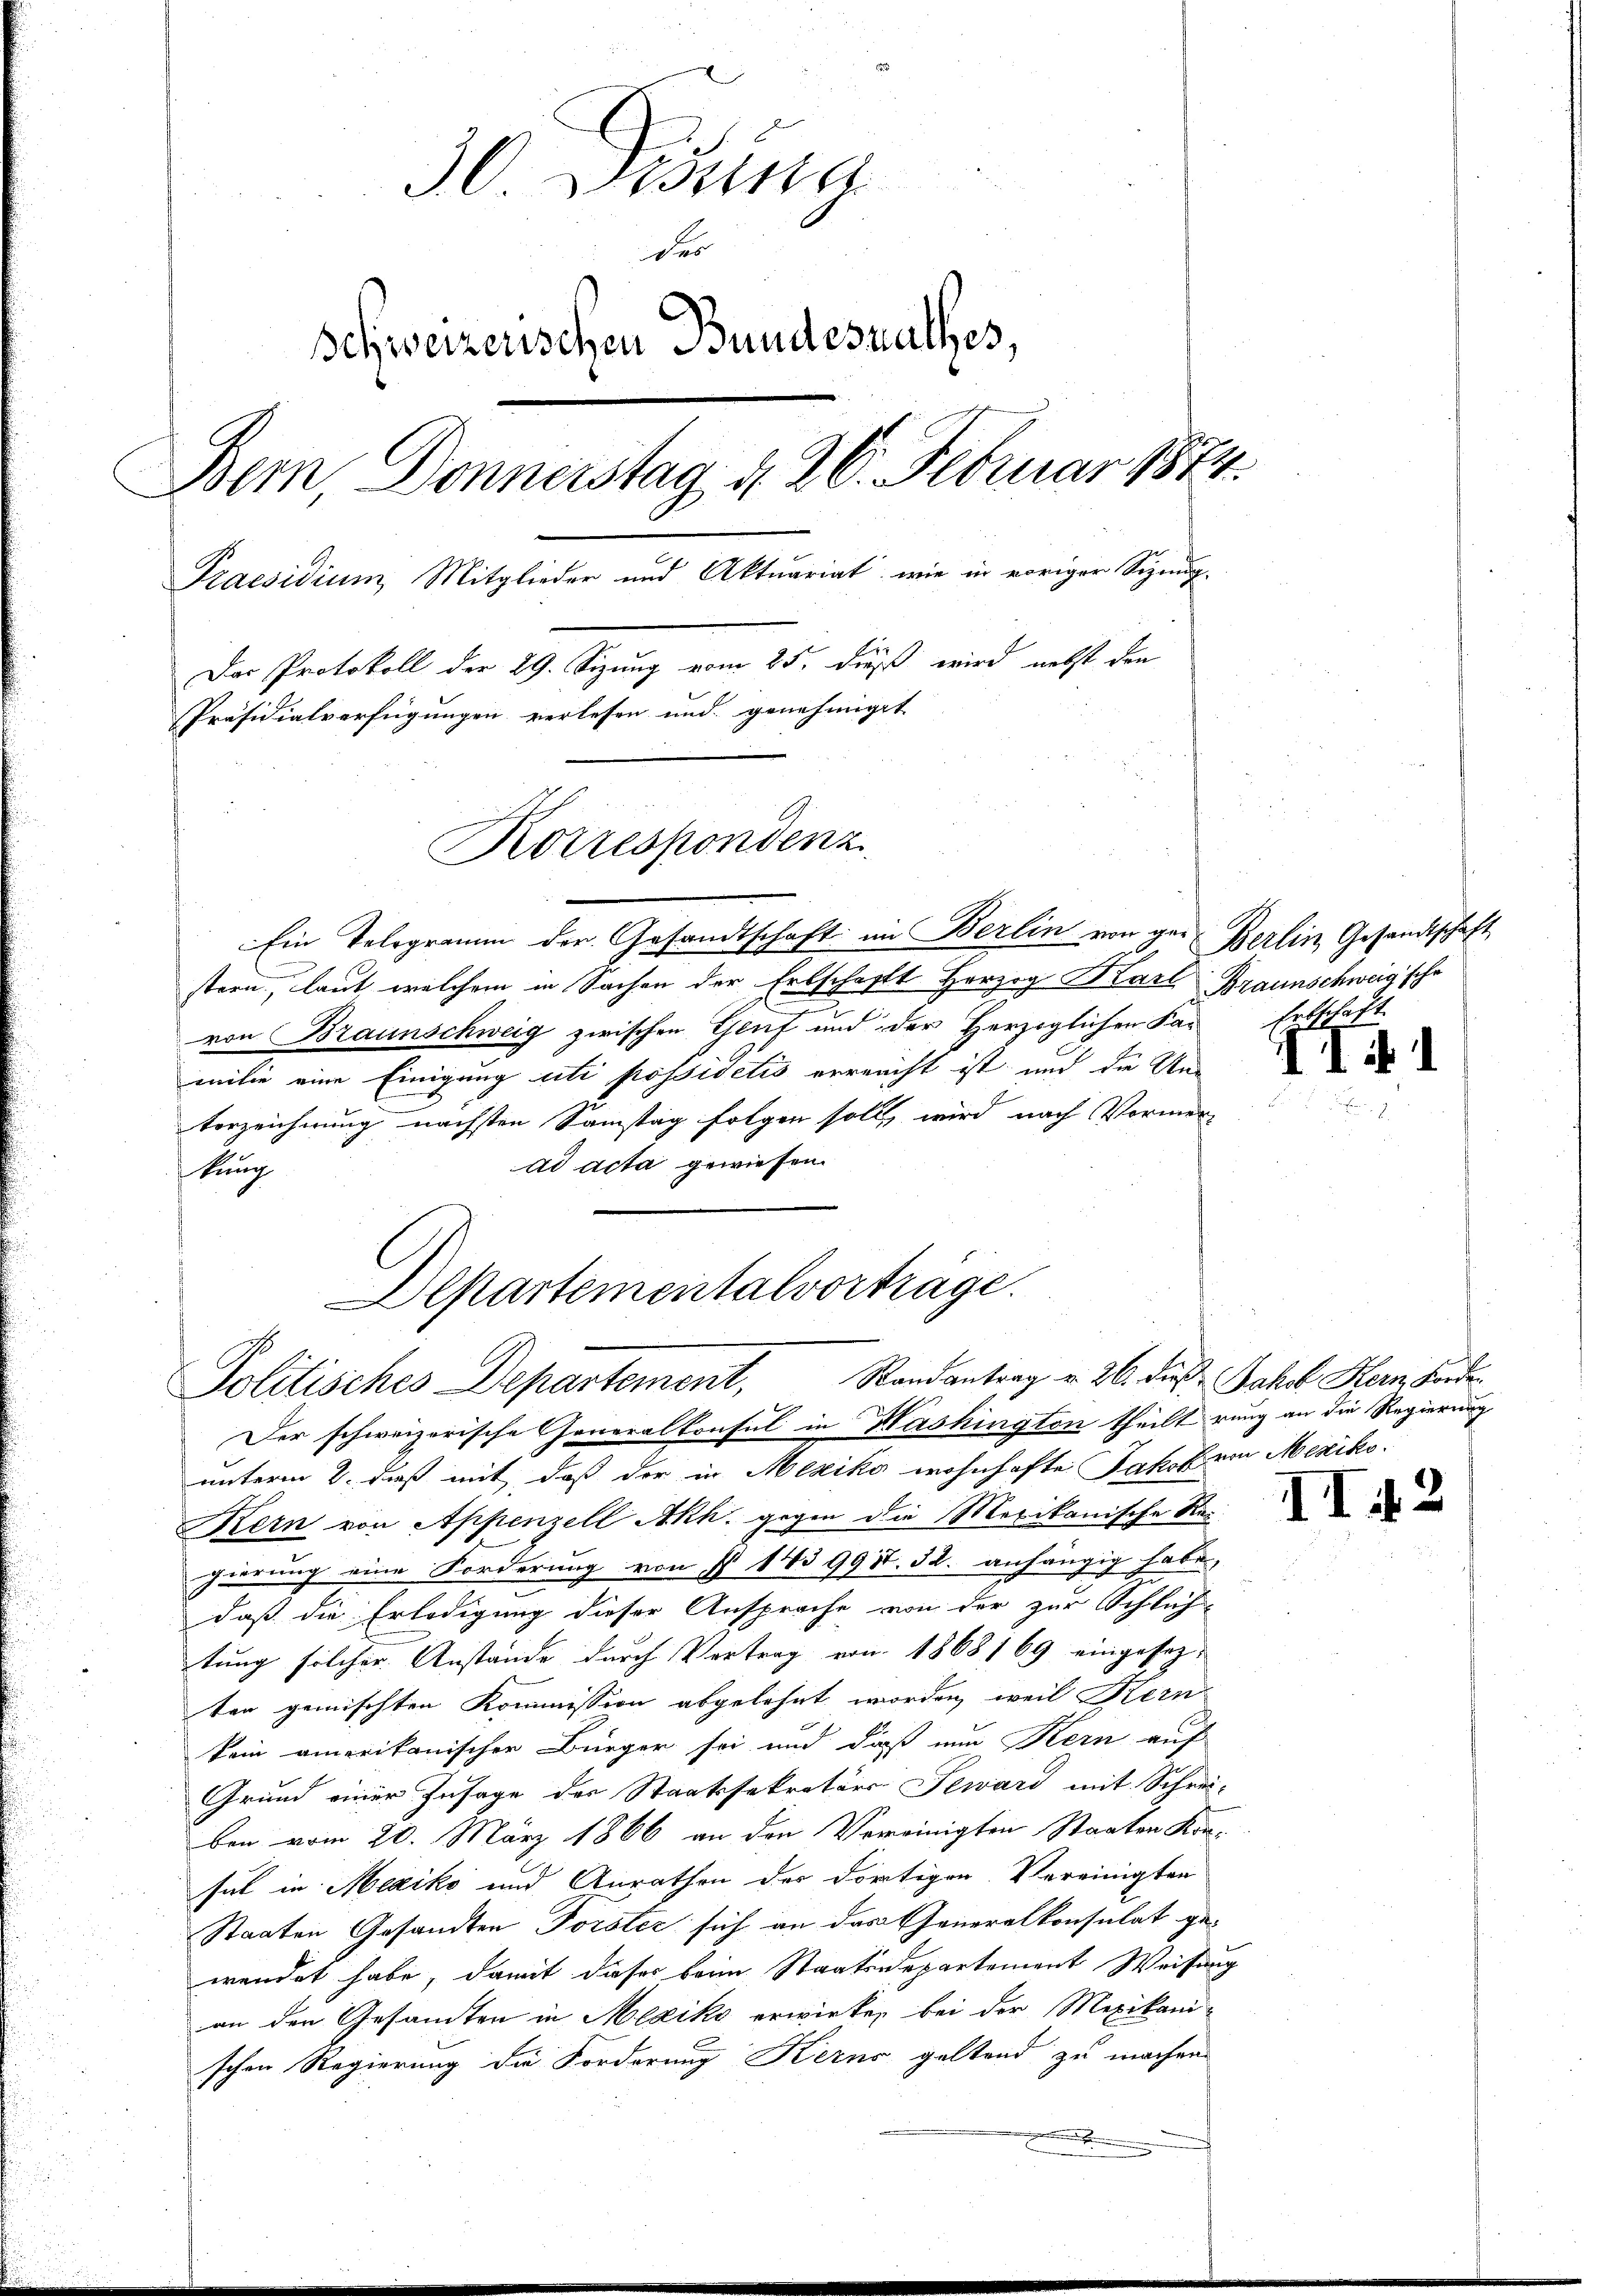
30. Donna
des
Schweizerischen Bundesrathes,
Dem Donnerstag d. 26. Februar 1874.
Praesidium, Mitglieder und Aktuariat, wie in voriger Signug¬
Das Protokoll der 29. Sizung vom 25. dieß wird nebst den
Präsidialverfügungen verlesen und genehmiget
Korrespondenz

Ein Telegramm der Gesandtschaft im Berlin von ger Berlin, Gesandtschaft
stern, laut welchem in Sachen der Erbschafft Herzog Karl Braunschweig sche
von Braunschweig zwischen Genf und der Herzoglichen Kan
milie eine Einigung citi possidelis verrecht ist und die Un-
terzeichnung nächsten Samstag folgen soll, wird nach Vormer
ad acta gewiesen.
kung
Departementalvorträge.

Randantrag u. 26. dieß Jakob Hern Forden
Politisches Departement,

Der schweizerische Generalkonsul in Washington theilt rung an die Regierung
unterm 2. daß mit, daß der in Mexiko wohnhafte Jakob von Mexiko¬
Kern von Appenzell Akh. gegen die Mexikanische Rei
gierung eine Forderung von § 143 9987. 32. anhängig habe,
daß die Erledigung dieser Ansprache von der zur Schlich-
tung solcher Anstände durch Vertrag von 1868 169 eingesezten gemischten Kommission abgelehnt worden, weil Kern
kein amerikanischer Bürger sei und daß nun Kern auf
Grund einer Zusage der Staatssekretärs Seward mit Schrei-
ben vom 20. März 1866 an den Vereinigten Staaten Kon-
hut in Mexiko und Anrathen der dortigen Vereinigten
Staaten Gesandten Porster sich an das Generalkonsulat gewendet habe, damit dieser beim Staatsdepartement Weisung
an den Gesandten in Mexiko erwirken bei der Mexikani-
schen Regierung die Forderung Kerno geltend zu machen.
.

Erbschaft

II 1

II 42